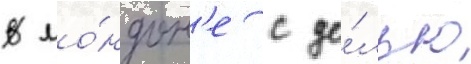
В ло́ндон'е с це́лью